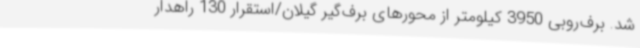
شد. برف‌روبی 3950 کیلومتر از محورهای برف‌گیر گیلان/استقرار 130 راهدار